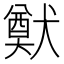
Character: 𤡽